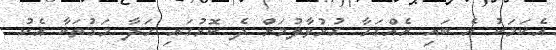
އެކަމަކު އެ ބައި އެއްގަމާ ގުޅުވާލުމަށް ދެ ކޮޅުގައި ހަދާ މަގުތަކާ އެކު